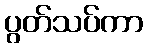
ပွတ်သပ်ကာ